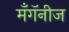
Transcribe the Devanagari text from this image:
मँगॅनीज